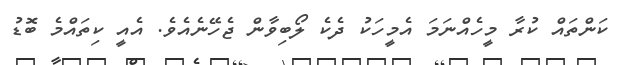
ކަންތައް ކުރާ މީހެއްނަމަ އެމީހަކު ދެކެ ލޯބިވާން ޖެހޭނެއެވެ. އެއީ ކިތައްމެ ބޮޑު